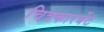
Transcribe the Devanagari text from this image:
चित्रकारबेंट